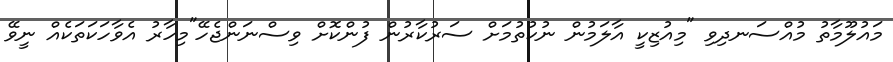
މައުލޫމާތު މުއްސަނދިވި "މިއުޒިކީ އާލަމުން ނުކުތުމަށް ސަރުކާރުން ފުންކޮށް ވިސްނަންޖެހޭ"މިހާރު އެވާހަކަތަކެއް ނީވޭ